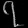
Digit: ၇